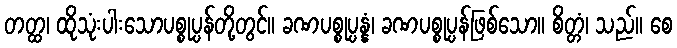
တတ္ထ၊ ထိုသုံးပါးသောပစ္စုပ္ပန်တို့တွင်။ ခဏပစ္စုပ္ပန္နံ၊ ခဏပစ္စုပ္ပန်ဖြစ်သော။ စိတ္တံ၊ သည်။ စေ